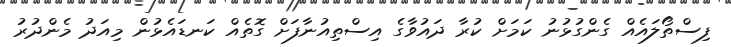
ފިސްތޯލައެއް ގެންގުޅުނު ކަމަށް ކުރާ ދައުވާގެ އިސްތިއުނާފަށް ގޮތެއް ކަނޑައެޅުން މިއަދު މެންދުރު